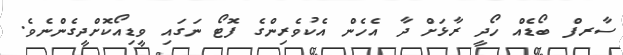
ސާރފް ބޯޑެއް ހޯދީ ރާޅަށް ދާ އެހެން އެކުވެރިންގެ ފޮޓޯ ނަގައި ވީޑިއޯކޮށްދީގެންނެވެ.